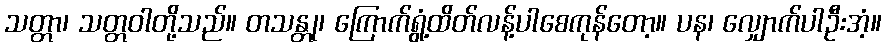
သတ္တာ၊ သတ္တဝါတို့သည်။ တသန္တု၊ ကြောက်ရွံ့ထိတ်လန့်ပါစေကုန်တော့။ ပန၊ လျှောက်ပါဦးအံ့။